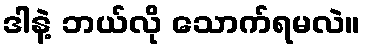
ဒါနဲ့ ဘယ်လို သောက်ရမလဲ။